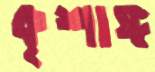
কৃশাঙ্গ